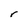
Character: r